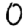
Digit: 0